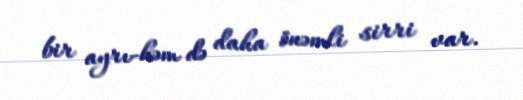
bir ayrı-həm də daha önəmli sirri var.